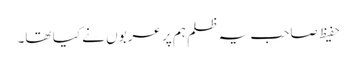
حفیظ صاحب یہ ظلم ہم پر عربوں نے کیا تھا۔